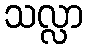
သလ္လာ